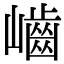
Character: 𡾐